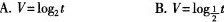
A.$$V = \log _{ 2 } t$$ B. $$V = \log _ { \frac { 1 } { 2 } } t$$